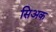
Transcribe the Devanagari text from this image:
सिअक